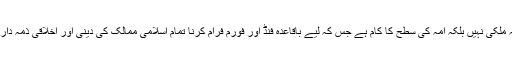
جبکہ یہ ملکی نہیں بلکہ اُمہ کی سطح کا کام ہے جس کہ لیے باقاعدہ فنڈ اور فورم فرام کرنا تمام اسلامی ممالک کی دینی اور اخلاقی ذمہ داری ہے ۔